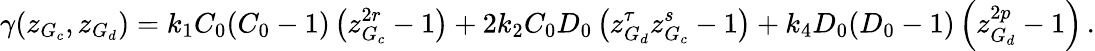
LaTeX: \gamma(z_{G_{c}},z_{G_{d}})=k_{1}C_{0}(C_{0}-1)\left(z_{G_{c}}^{2r}-1\right)+2k_{2}C_{0}D_{0}\left(z_{G_{d}}^{\tau}z_{G_{c}}^{s}-1\right)+k_{4}D_{0}(D_{0}-1)\left(z_{G_{d}}^{2p}-1\right)\, .